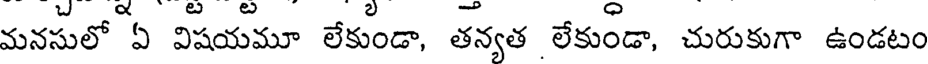
మనసులో ఏ విషయమూ లేకుండా, తన్యత లేకుండా, చురుకుగా ఉండటం